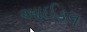
આઈડલ